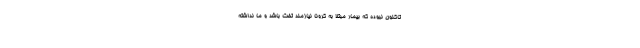
تاکنون نبوده که بیمار مبتلا به کرونا نیازمند تخت باشد و ما نداشته